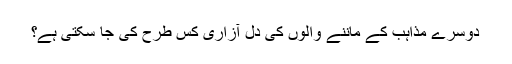
دوسرے مذاہب کے ماننے والوں کی دل آزاری کس طرح کی جا سکتی ہے؟